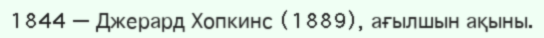
1844 — Джерард Хопкинс (1889), ағылшын ақыны.